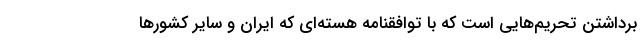
برداشتن تحریم‌هایی است که با توافقنامه‌ هسته‌ای که ایران و سایر کشورها